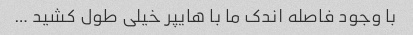
با وجود فاصله اندک ما با هایپر خیلی طول کشید …